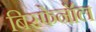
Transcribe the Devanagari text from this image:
बिस्फेनॉल